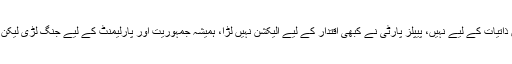
پی پی رہنما کا کہنا تھا کہ ادارے ملک کے لیے ہوتے ہیں ذاتیات کے لیے نہیں، پیپلز پارٹی نے کبھی اقتدار کے لیے الیکشن نہیں لڑا، ہمیشہ جمہوریت اور پارلیمنٹ کے لیے جنگ لڑی لیکن ہم دوسروں کی طرح ترقیاتی کاموں پر ڈھول نہیں بجاتے۔